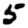
Digit: 5